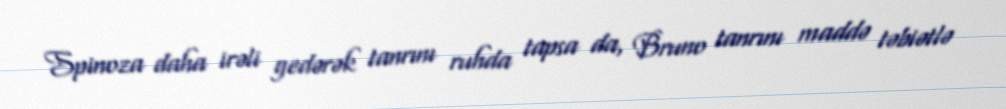
Spinoza daha irəli gedərək tanrını ruhda tapsa da, Bruno tanrını maddə təbiətlə